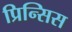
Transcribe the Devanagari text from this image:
प्रिन्सिस